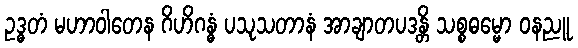
ဥဒ္ဓတံ မဟာဝါတေန ဂိဟိဂန္ဓံ ပသုသတာနံ အာချာတပဒန္တိ သစ္စဓမ္မော ဝနညူ